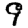
Digit: 9